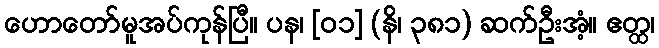
ဟောတော်မူအပ်ကုန်ပြီ။ ပန၊ [၀၁] (နိ၊ ၃၈၁) ဆက်ဦးအံ့။ ဧတ္ထ၊